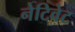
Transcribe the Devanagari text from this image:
नेटिवेट